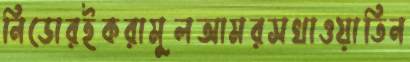
নিডোরইকরামুলআমরসখাওয়াতিন